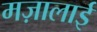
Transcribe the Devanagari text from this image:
मज़ालाई